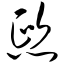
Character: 熙